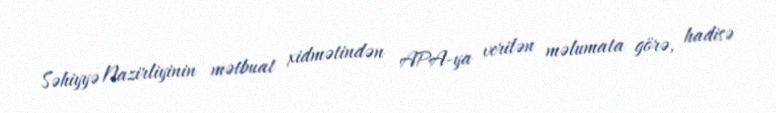
Səhiyyə Nazirliyinin mətbuat xidmətindən APA-ya verilən məlumata görə, hadisə